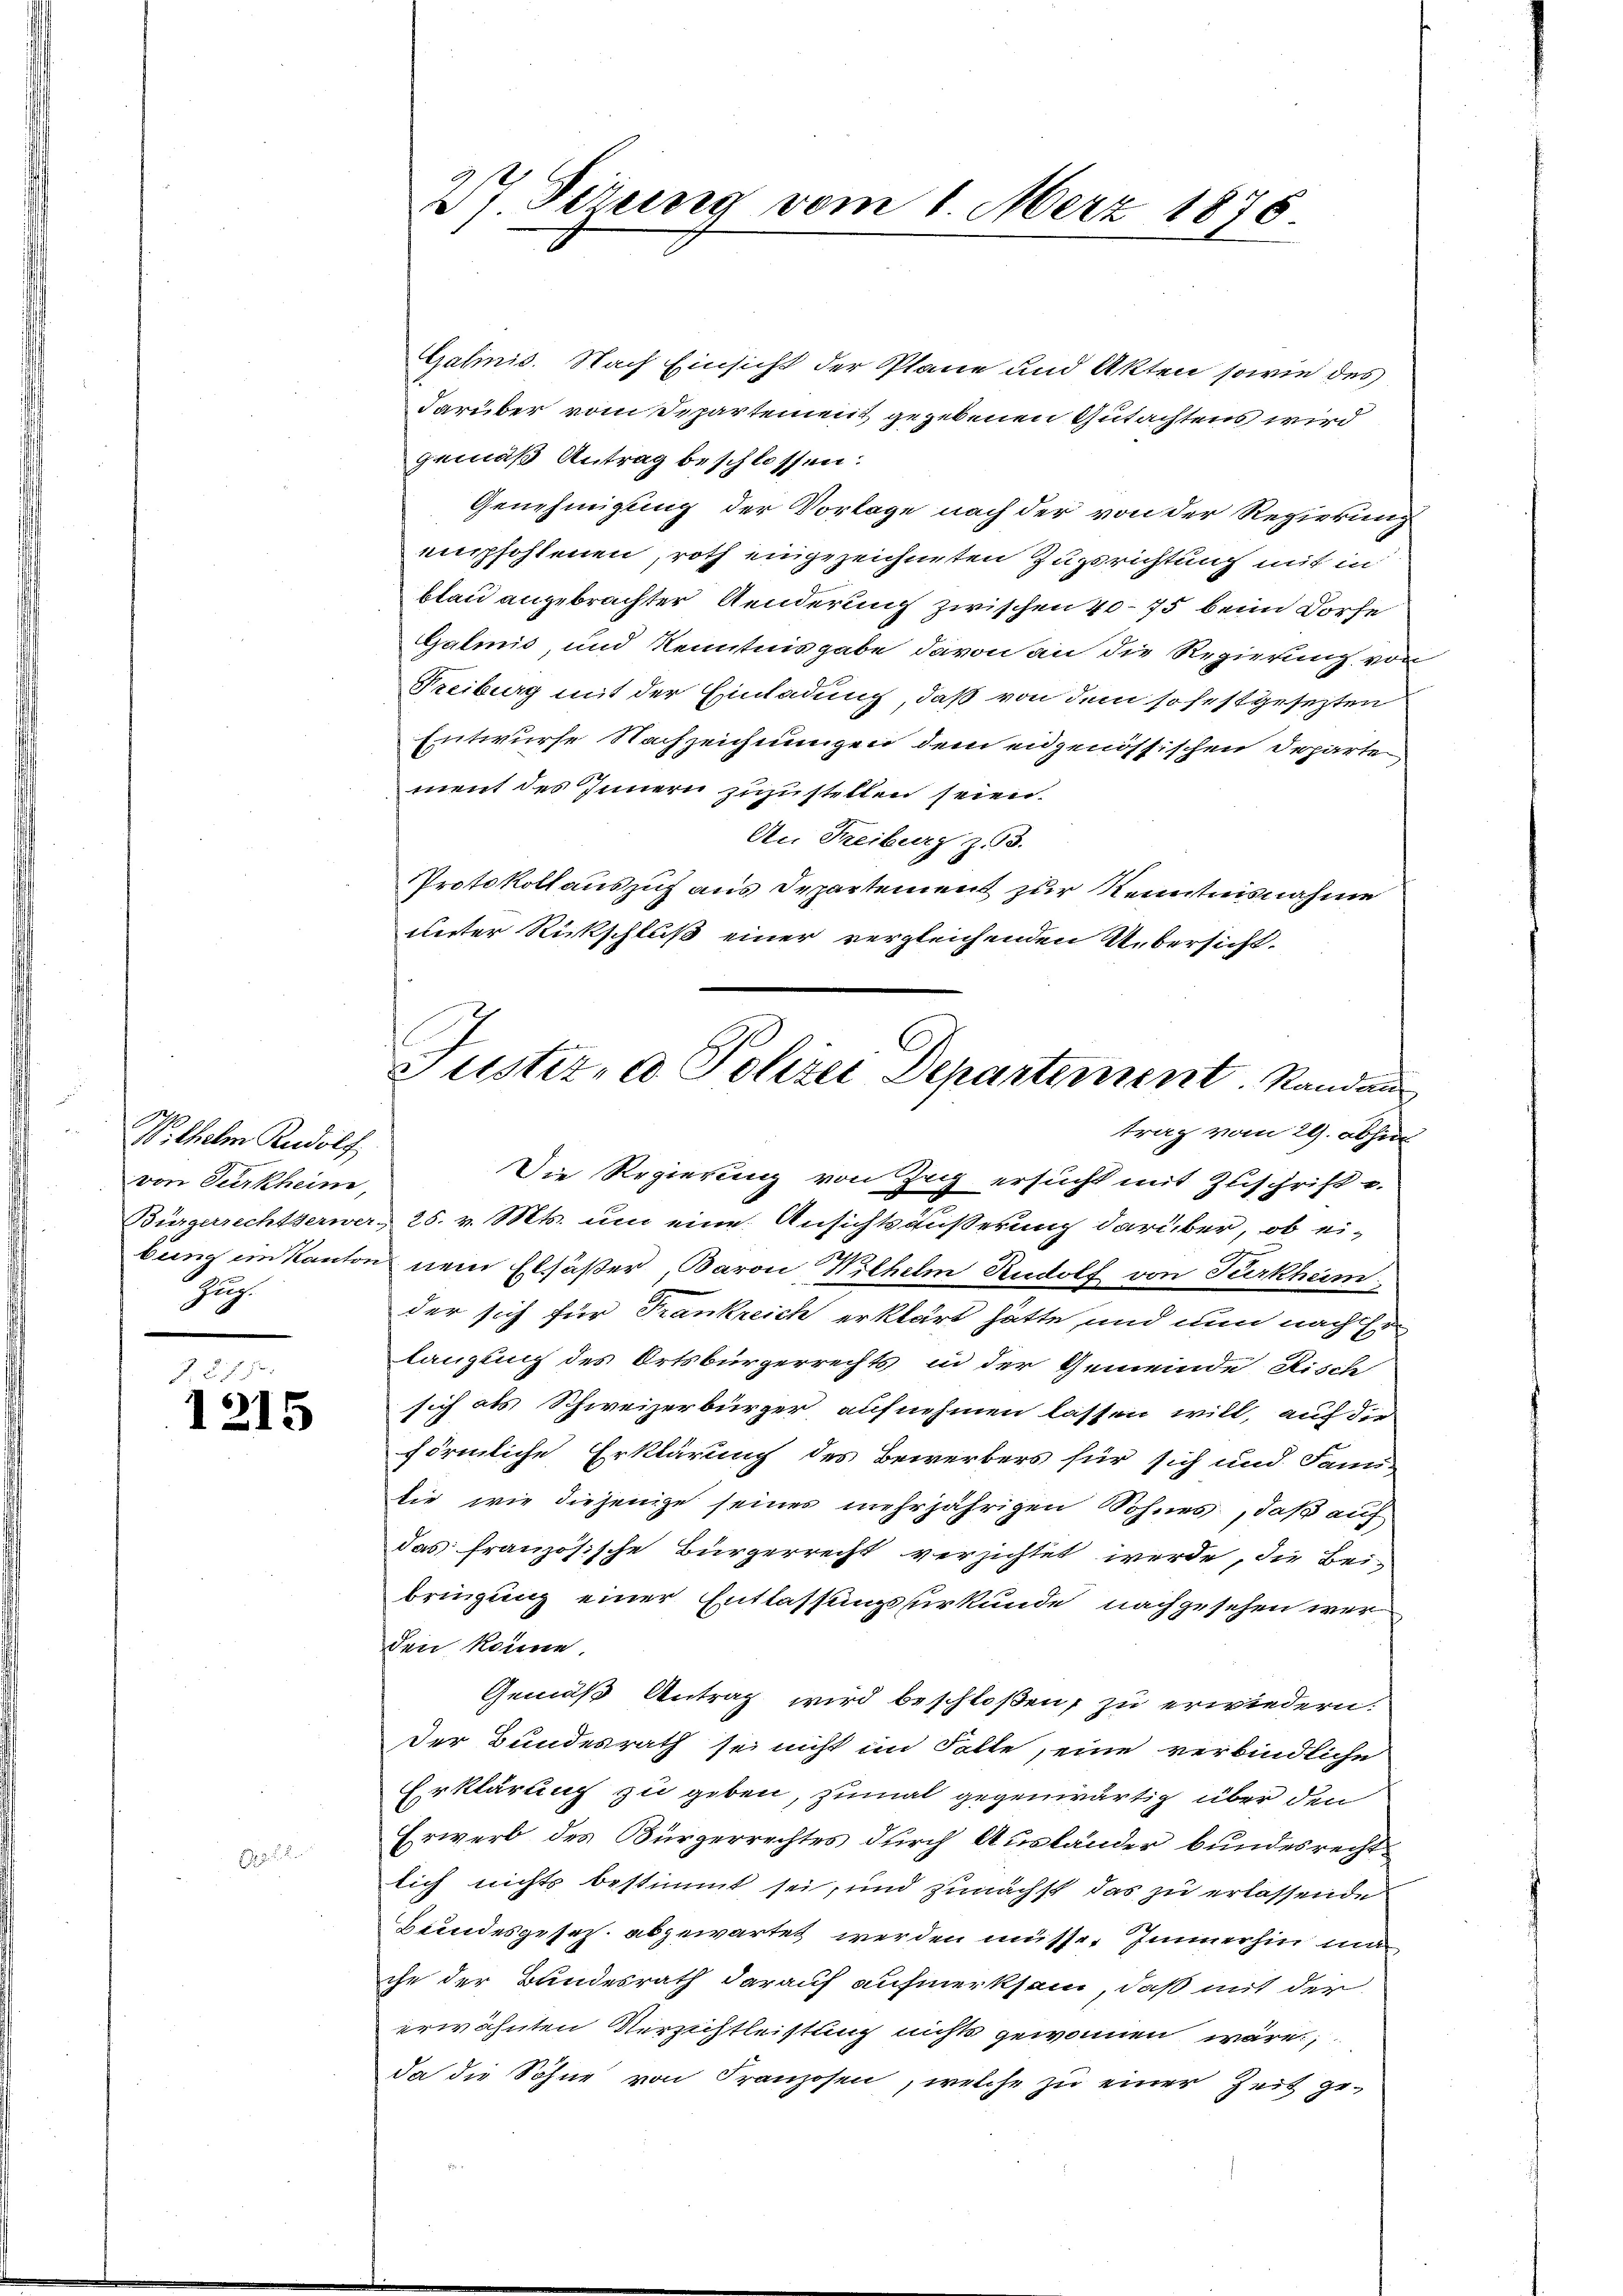
Wilhelm Rudolf
von Burkheim,
Zung

J. 275.
1215

.

27 Sirung vom 1. März 1876.

Galinis. Nach Einsicht der Plane und Akten sowie des
darüber vom Departement gegebenen Gutachtens wird
gemäß Antrag beschlossen:
Genehmigung der Vorlage nach der von der Regierung
empfohlenen, roth eingezeichneten Zugsrichtung mit in
blau angebrachter Aenderung zwischen 40–75 beim Dorfe
Galmis, und Kenntnisgabe davon an die Regierung von
Freiburg mit der Einladung, daß von dem so festgesezten
Entwurfe Nachzeichnungen dem eidgenössischen Departe
ment des Innern zuzustellen seien.
An Freiburg z. 3.
Protokollauszug aus Departement zur Kenntnisnahme
unter Rückschluß einer vergleichenden Uebersicht.
Die Regierung von Zeig ersucht mit Zuschrift u.
Bürgerrechtserwer, 28. v. Mts. um eine Ansichtsäußerung darüber, ob ei-
bung ein Kanton nein Elsäßer Baron Wilhelm Rudolf von Türkheim
der sich für Frankreich erklärt hätte, und nun nach ihr
langung des Ortsbürgerrechts in der Gemeinde Risch
sich als Schweizerbürger aufnehmen lassen will, auf die
förmliche Erklärung des Bewerbers für sich und Familie wie diejenige seines mehrjährigen Sohnes, daß auf
das französische Bürgerrecht verzichtet werde, die Bei-
bringung einer Entlassungsurkunde nachgesehen wer
den könne.
Gemäß Antrag wird beschloßen, zu erwiedern:
Der Bundesrath sei nicht im Solle, eine verbindliche
Erklärung zu geben, zumal gegenwärtig über den
Erwerb des Bürgerrechtes durch Ausländer bundesrechtlich nichts bestimmt sei, und zunächst das zu erlassende
Beundesgesez abgewartet werden müsse. Immerhin man
che der Bundesrath darauf aufmerksam, daß mit der
erwähnten Verzichtleistung nichts gewonnen wäre.
da die Söhne von Franzosen, welche zu einer Zeit ge-

Justiz- & Polizei Departement. Randaus
trag vom 29. abhin